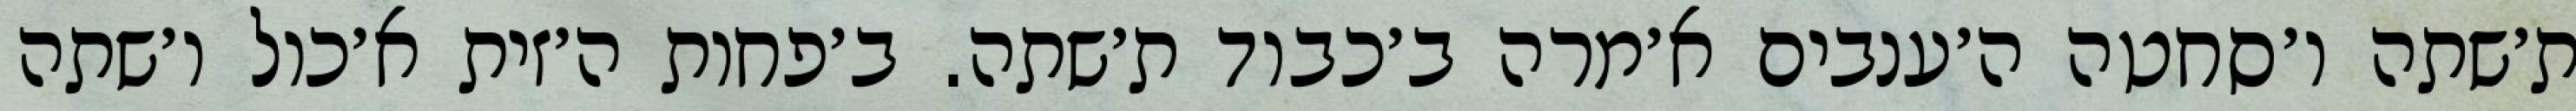
ת׳שתה ו׳סחטה ה׳ענבים א׳מרה ב׳כבוד ת׳שתה. ב׳פחות ה׳זית א׳כול ו׳שתה